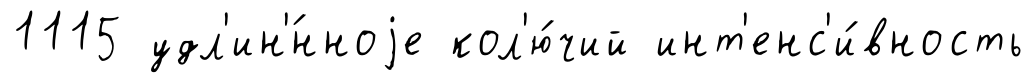
1115 удл'ин'́нноjе кол'ю́чий инт'енс'и́вность